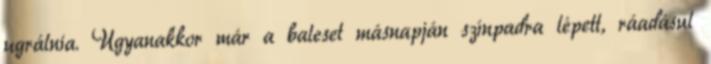
ugrálnia. Ugyanakkor már a baleset másnapján színpadra lépett, ráadásul